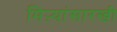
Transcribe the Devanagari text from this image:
मिऱ्यांसारखी